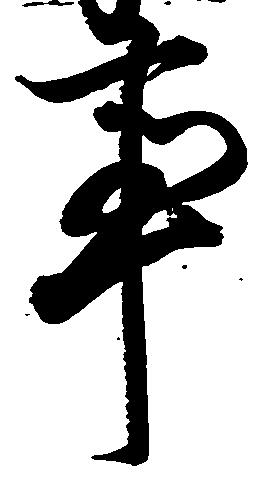
事